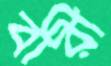
বারী